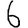
Digit: 6